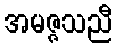
အမဇ္ဇသညီ